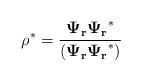
LaTeX: \begin{align*}\rho^* = \frac{\mathbf{{\Psi_r}}\mathbf{{\Psi_r}}^*}{(\mathbf{{\Psi_r}}\mathbf{{\Psi_r}}^*)}\end{align*}